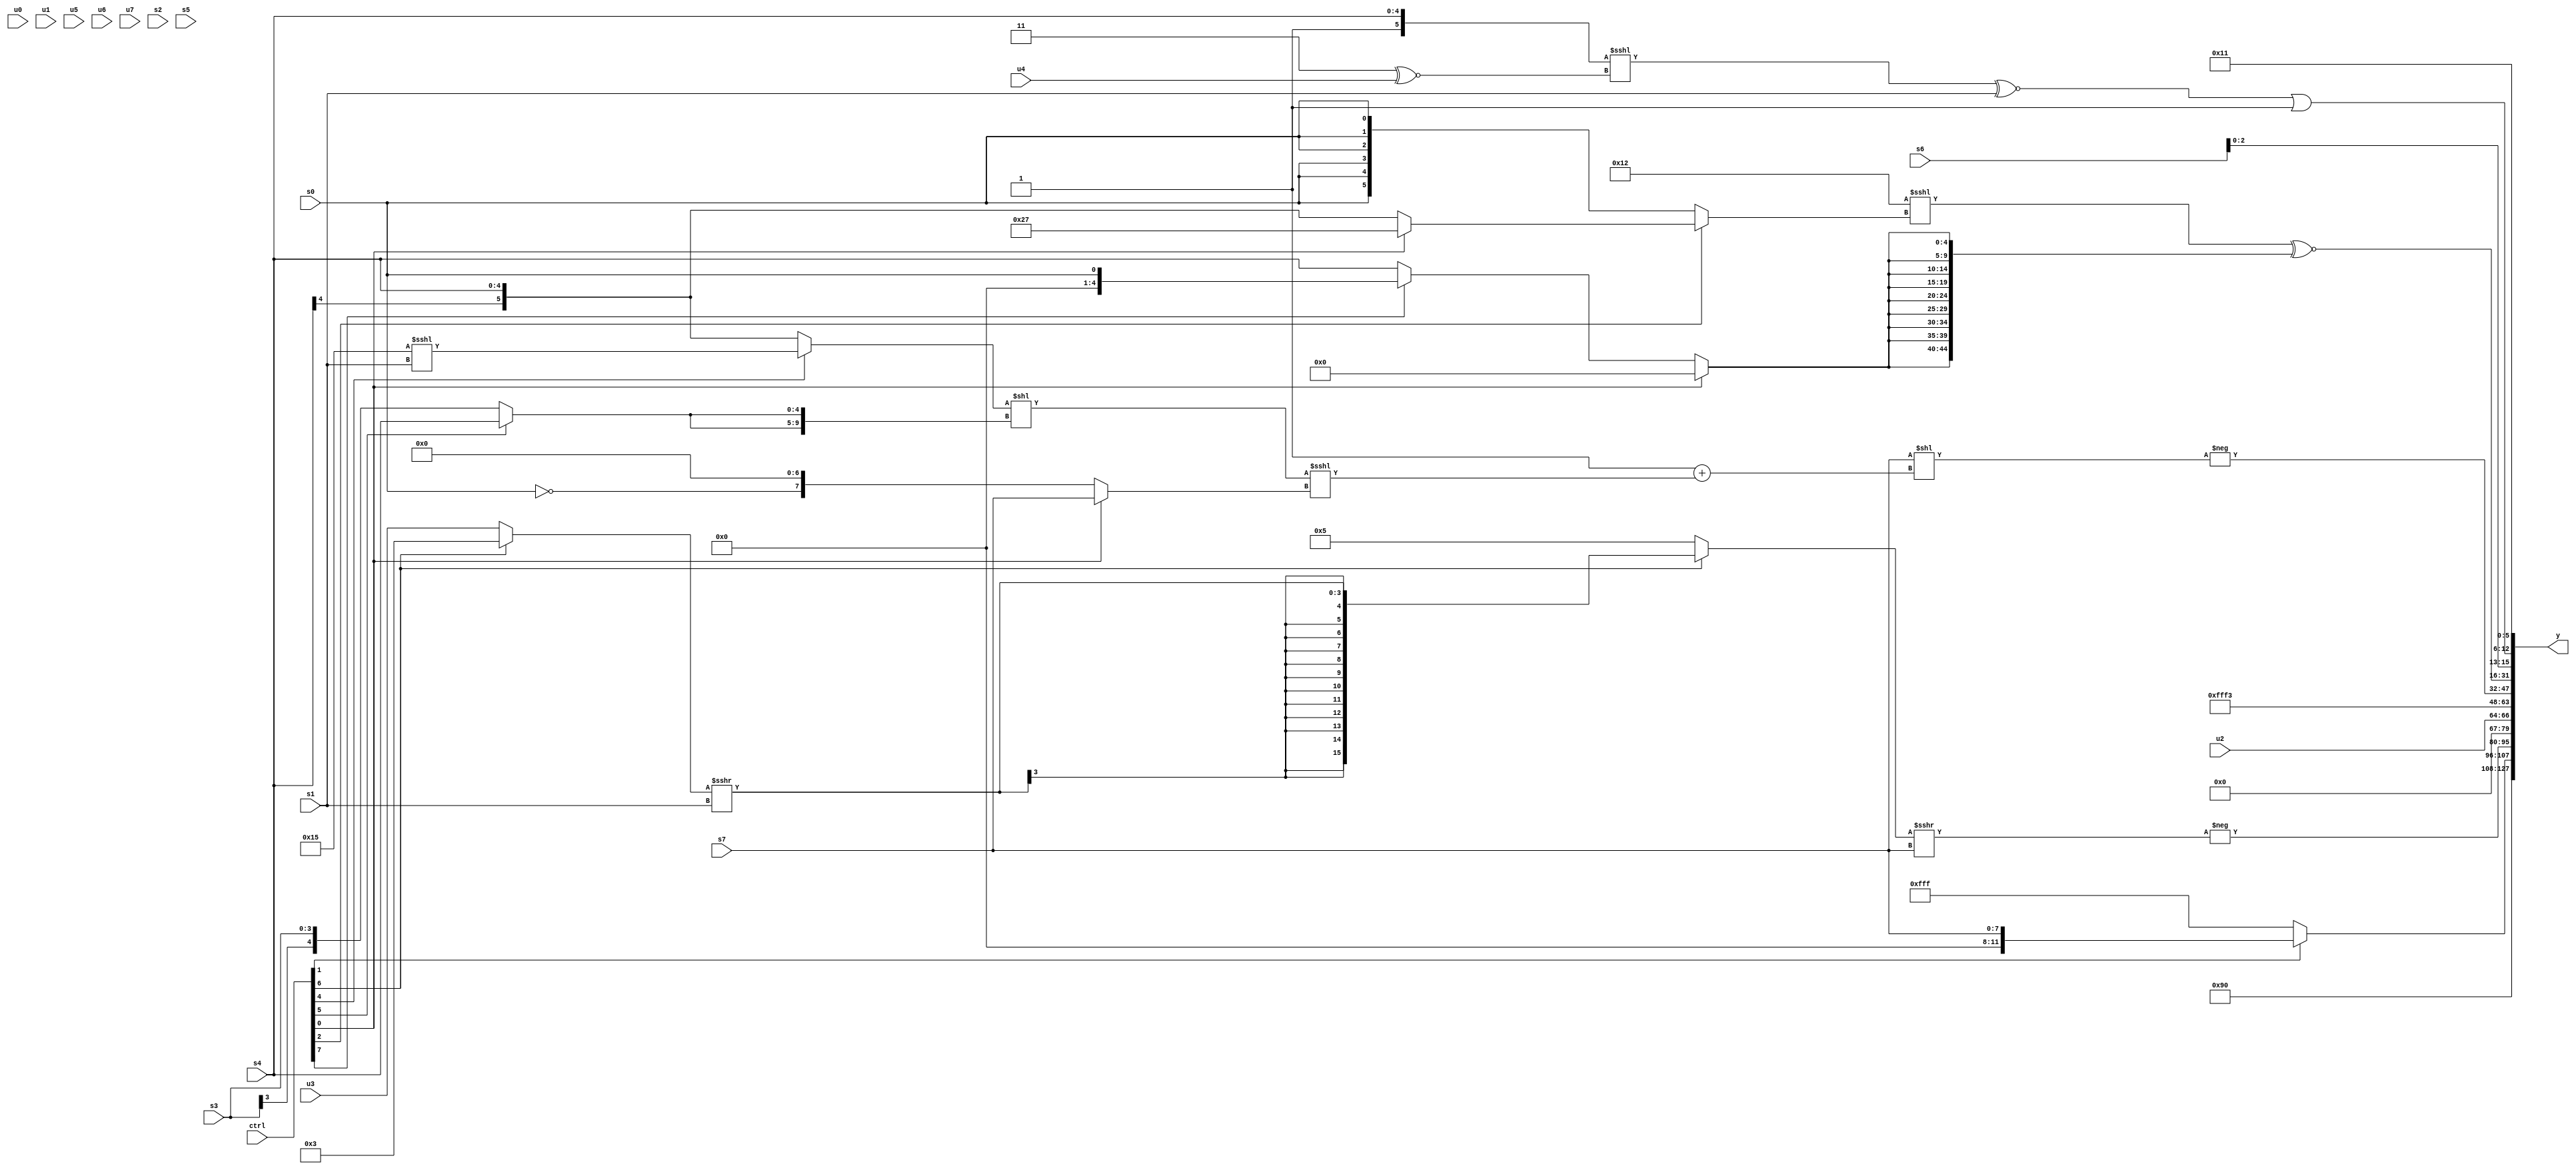
module wideexpr_00953(ctrl, u0, u1, u2, u3, u4, u5, u6, u7, s0, s1, s2, s3, s4, s5, s6, s7, y);
  input [7:0] ctrl;
  input [0:0] u0;
  input [1:0] u1;
  input [2:0] u2;
  input [3:0] u3;
  input [4:0] u4;
  input [5:0] u5;
  input [6:0] u6;
  input [7:0] u7;
  input signed [0:0] s0;
  input signed [1:0] s1;
  input signed [2:0] s2;
  input signed [3:0] s3;
  input signed [4:0] s4;
  input signed [5:0] s5;
  input signed [6:0] s6;
  input signed [7:0] s7;
  output [127:0] y;
  wire [15:0] y0;
  wire [15:0] y1;
  wire [15:0] y2;
  wire [15:0] y3;
  wire [15:0] y4;
  wire [15:0] y5;
  wire [15:0] y6;
  wire [15:0] y7;
  assign y = {y0,y1,y2,y3,y4,y5,y6,y7};
  assign y0 = 5'sb01001;
  assign y1 = (ctrl[1]?$signed($signed(s7)):{4{$signed($unsigned(3'sb111))}});
  assign y2 = -(((ctrl[6]?$signed((((ctrl[6]?3'sb011:u3))>>>(3'b000))>>>(s1)):6'sb000101))>>>(s7));
  assign y3 = u2;
  assign y4 = (6'sb001100)^(2'sb11);
  assign y5 = -((s7)<<((3'sb111)+($signed((((ctrl[4]?(6'sb010101)<<<(s1):s4))<<({2{$signed((ctrl[5]?s4:s3))}}))<<<((ctrl[0]?s7:(-((5'sb11111)!=(s0)))<<(+(3'sb111))))))));
  assign y6 = ($signed((($signed(6'sb001001))<<((s6)==(s6)))<<<((ctrl[2]?(ctrl[0]?6'sb100111:s4):s0))))^~({3{{3{(ctrl[0]?+(3'b000):(ctrl[7]?s0:s4))}}}});
  assign y7 = +({(1'sb0)^(((s4)<<($signed(1'sb0)))^((ctrl[2]?6'sb010101:5'sb11010))),s6,((({2'sb01,s4})<<<((2'sb11)^~(u4)))^~(s1))|(1'sb1),6'sb010001});
endmodule